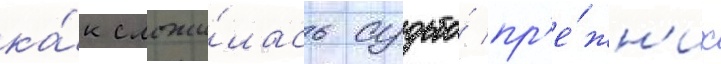
ка́к сложи́лась судьба́ пр'е́жн'их